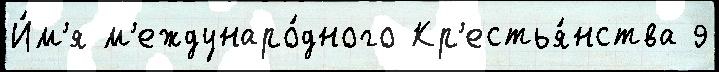
И́м'я м'еждунаро́дного Кр'естья́нства 9